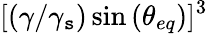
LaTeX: [(\gamma/\gamma_{\mathtt{s}})\sin{(\theta_{eq})}]^{3}